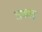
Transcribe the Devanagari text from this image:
अकाद्